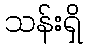
သန်းရှိ